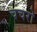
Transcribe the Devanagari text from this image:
चचरो